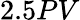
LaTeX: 2.5PV